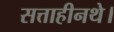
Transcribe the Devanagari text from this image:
सत्ताहीनथे।